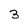
Character: 3